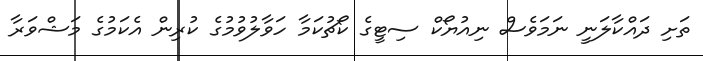
ތަށި ދައްކާލަނީ ނަމަވެސް ނިއުޔޯކް ސިޓީގެ ކޯޗުކަމާ ހަވާލުވުމުގެ ކުރިން އެކަމުގެ މަޝްވަރާ